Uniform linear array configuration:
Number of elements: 16
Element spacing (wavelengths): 0.25
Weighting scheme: exponential
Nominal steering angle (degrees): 60
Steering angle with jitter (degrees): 61.985
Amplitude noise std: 0.05
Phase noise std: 0.05

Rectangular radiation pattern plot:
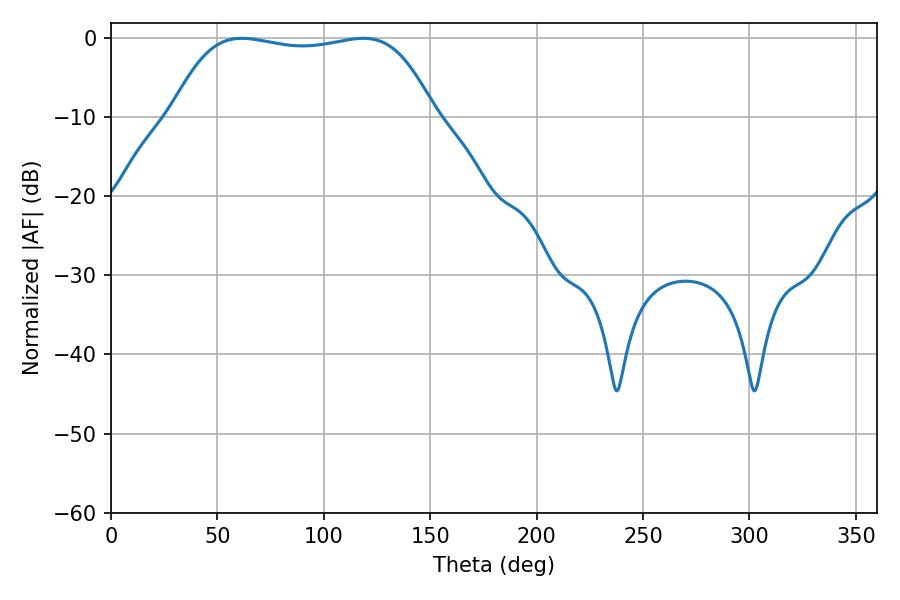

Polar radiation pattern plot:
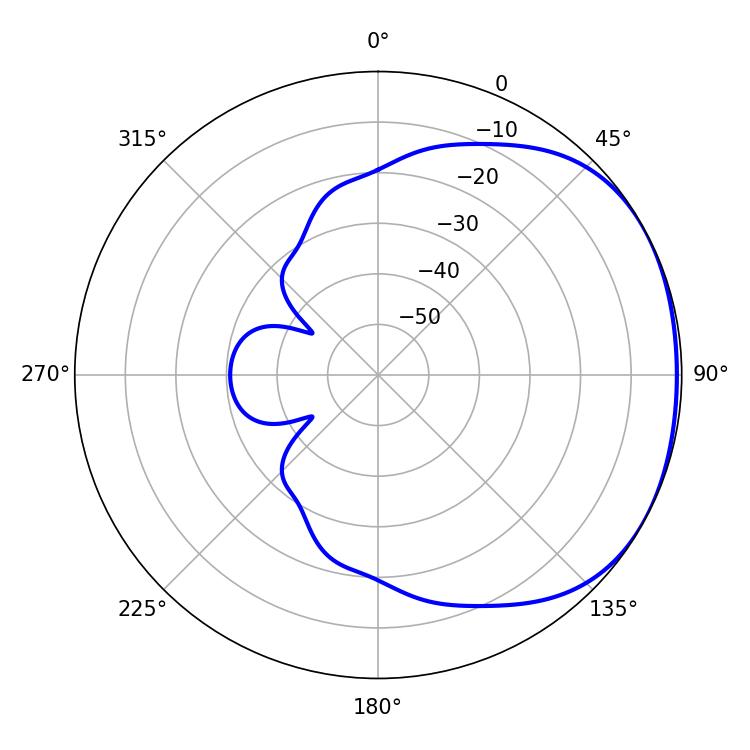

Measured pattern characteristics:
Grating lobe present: FALSE
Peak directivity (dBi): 1.533
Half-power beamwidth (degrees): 97.56
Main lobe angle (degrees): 61.56